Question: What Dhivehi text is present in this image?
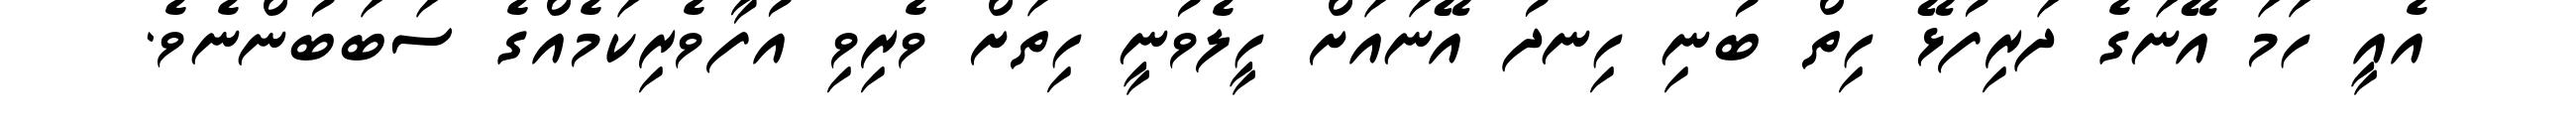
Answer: އެއީ ހަމަ އޭނަގެ ދަރިފުޅޭ ހިތް ބުނި ހިނދު އޭނައަށް ހީލެވުނީ ހިތަށް ވެރިވި އުފާވެރިކަމެއްގެ ސަބަބުންނެވެ.